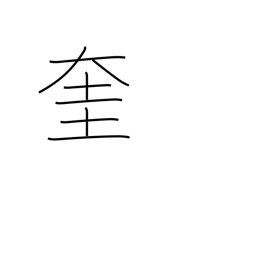
Meaning: god of literature